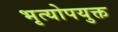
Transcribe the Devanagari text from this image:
भृत्योपयुक्त